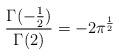
LaTeX: \begin{align*}\frac{\Gamma (-\frac{1}{2})}{\Gamma (2)}=-2\pi ^{\frac{1}{2}}\end{align*}